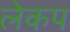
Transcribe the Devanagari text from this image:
लेकप